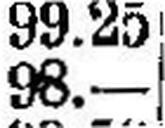
98.—